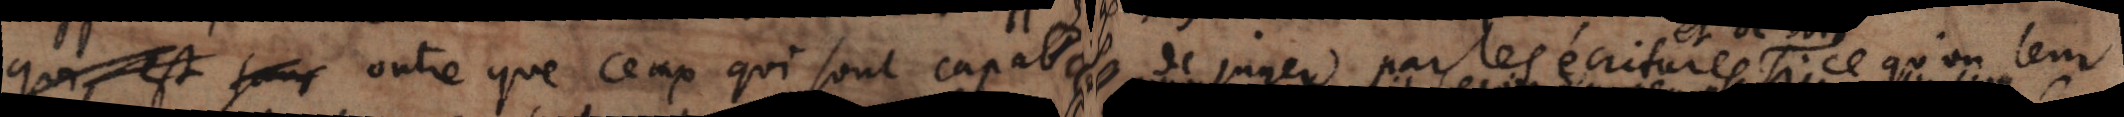
qui est pour outre que ceux qui sont capables de juger par les écritures si ce qu’on leur